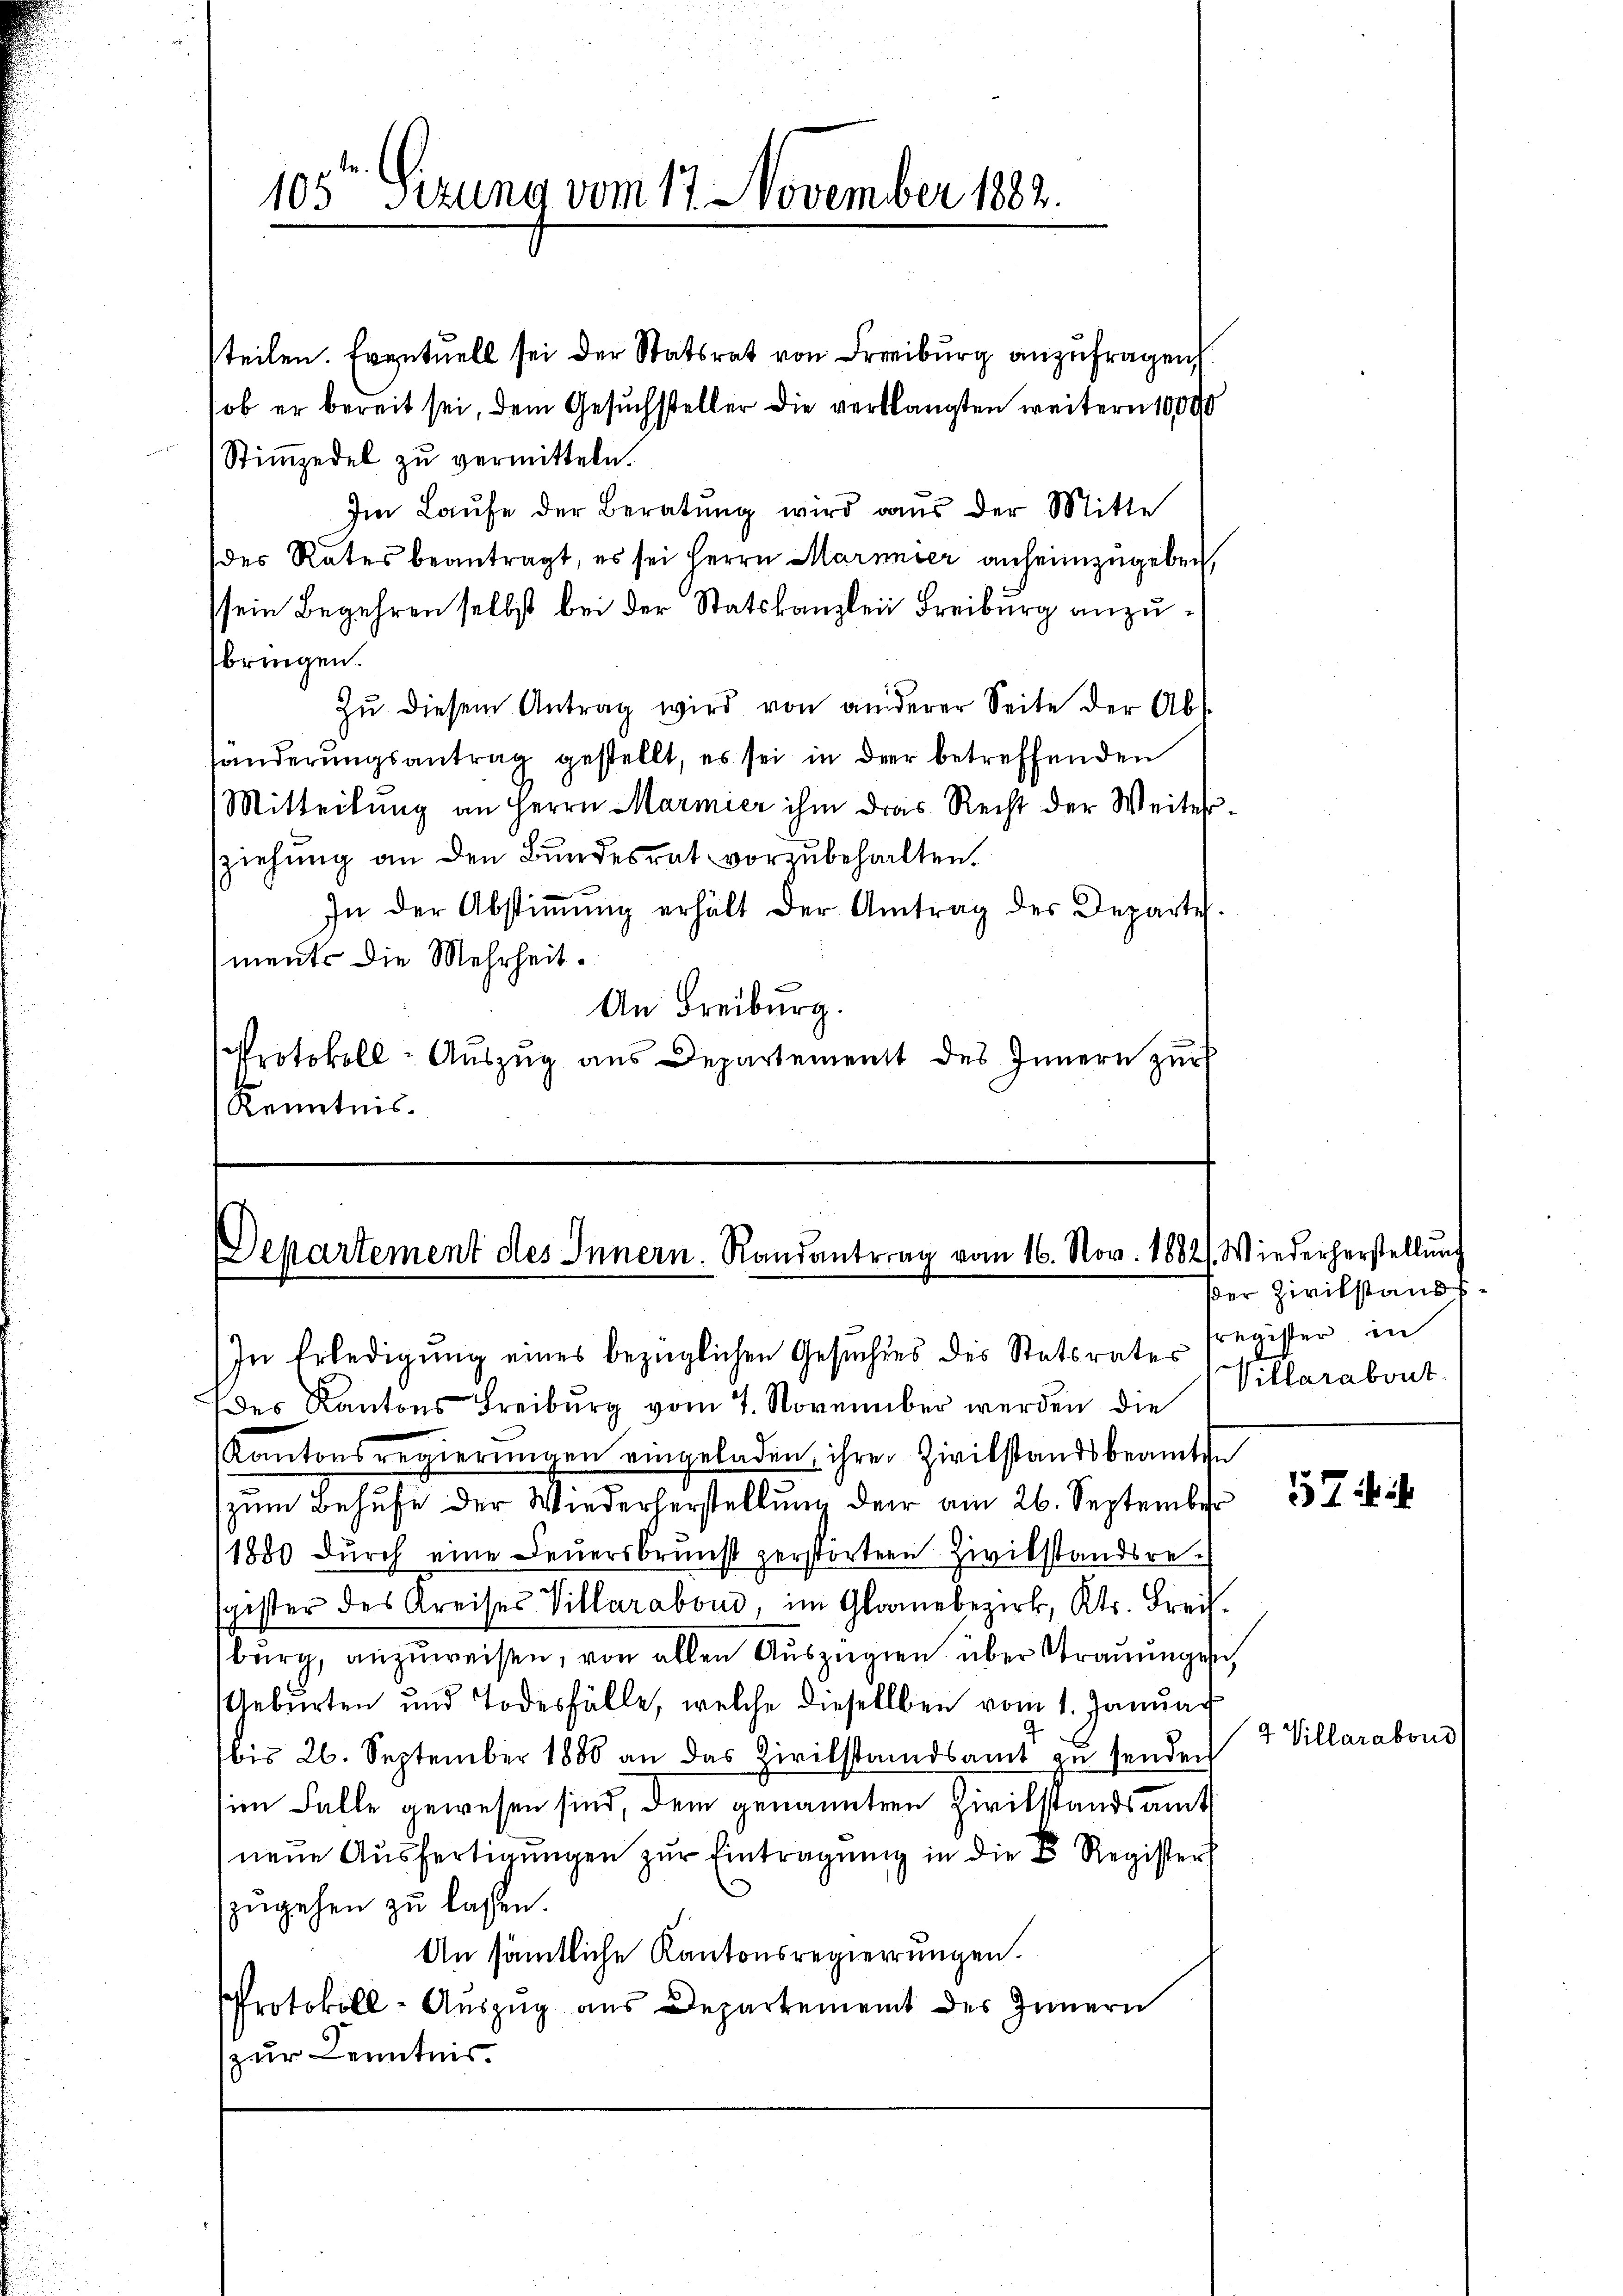
105ten Fezung vom 17. November 1882.

steilen. Eventuell sei der Statsrat von Freiburg anzufragen
ob er bereit sei, dem Gesuchsteller die verlangten weitern 10000
Stimmzedel zu vermitteln.
Im Laufe der Beratung wird aus der Mitte
des Rates beantragt, es sei Herrn Marmer anheimzugeben,
ssein Begehren selbst bei der Statskanzlei Freiburg anzubringen.
Zŭ diesem Antrag wird von anderer Seite der Abs
sänderungsantrag gestellt, es sei in der betreffenden
Mitteilung an Herrn Marmier ihm das Recht der Weitersziehung an den Bundesrat vorzubehalten.
In der Abstiṁŭng erhält der Antrag des Departe
ments die Mehrheit.
An Freiburg.
Protokoll-Auszug aus Departement des Innern zŭr
Kenntnis.

Departement des Innern. Randantrag vom 16. Nov. 1882). Wiederherstellung
In Erledigŭng eines bezüglichen Gesuchtes des Statsrate register in

des Kantons Freiburg vom 7. November werden die
Kantonsregierŭngen eingeladen, ihrer Zivilstandsbeamte
zum Behufe der Wiederherstellung der am 26. September
1880 durch eine Feuersbrunst zerstörtern Zivilstandsresgester des Kreises Villarabous, im Glarnebezirk, Kts. Frei
burg, anzuweisen, von allen Auszügen über Strauungen,
Geburten und Todesfälle, welche diesellben vom 1. Januar
(bis 26. September 1880 an das Zivilstandsamt zu senden
im Falle gewesen sind, dem genannten Zivilstandsamt
neue Ausfertigungen zur Eintragung in die Register
zugehen zu lassen.
An sämtliche Kantonsregierungen.
Protokoll-Aŭszŭg aŭs Departement des Innern
zur Kenntnis.

der Zivilstand
Villarabout.

57 in ih

4 Villarabous